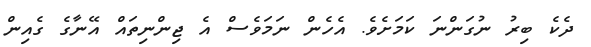
ދެކެ ބިރު ނުގަންނަ ކަމަށެވެ. އެހެން ނަމަވެސް އެ ޖިންނިތައް އޭނާގެ ގެއިން